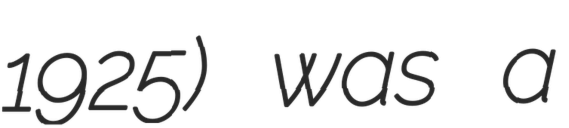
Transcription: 1925) was a